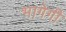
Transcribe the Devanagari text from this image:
भागेगी